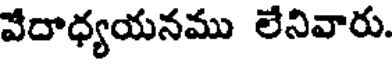
వేదాధ్యయనము లేనివారు.